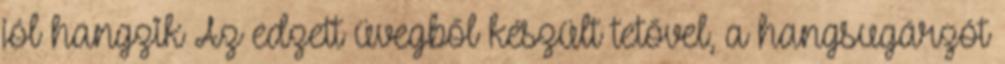
jól hangzik Az edzett üvegből készült tetővel, a hangsugárzót